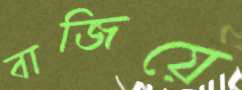
বাজিয়ে